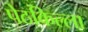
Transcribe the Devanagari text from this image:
पेठकिल्ला